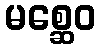
မစ္ဆေဝ